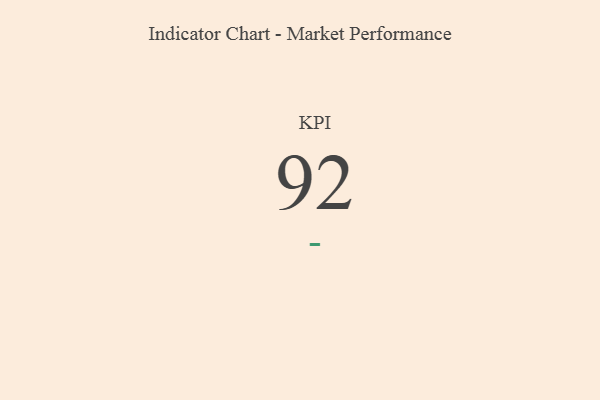
{"axis": {"x": "KPI", "y": "Value"}, "legend": [""], "data": [{"x": "KPI", "y": 92, "type": ""}]}